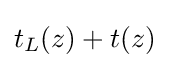
t_{L}(z)+t(z)